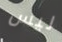
ليس